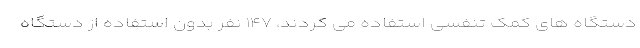
دستگاه های کمک تنفسی استفاده می کردند، ۱۴۷ نفر بدون استفاده از دستگاه